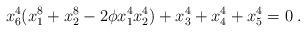
LaTeX: \begin{align*}x_6^4(x_1^8+x_2^8-2\phi x_1^4x_2^4)+x_3^4+x_4^4+x_5^4=0 \; . \end{align*}